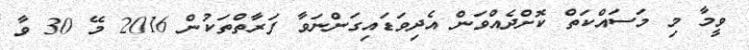
ވީމާ މި މަސައްކަތް ކޮށްދެއްވަން އެދިވަޑައިގަންނަވާ ފަރާތްތަކުން 2016 މޭ 30 ވާ